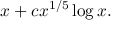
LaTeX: x + c x ^ { 1 / 5 } \log x .